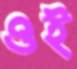
ওই